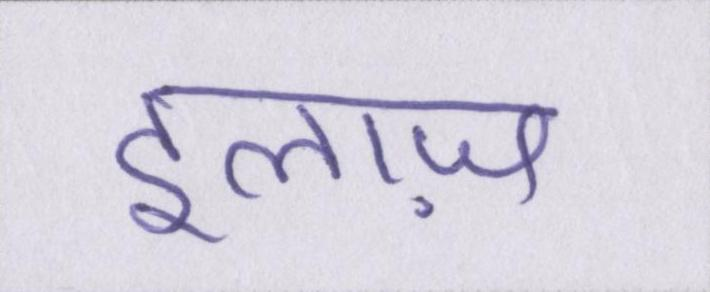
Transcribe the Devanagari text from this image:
इलाज़